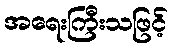
အရေးကြီးသဖြင့်